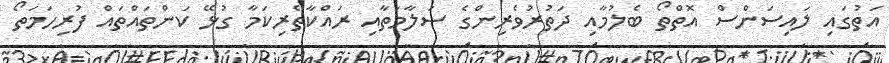
އަތުގައި ލައިސަންސް އޮތްތޯ ބެލުމާއި ދަތުރުވެރިންގެ ސަލާމަތާއި ރައްކާތެރިކަމާ ގުޅޭ ކަންތައްތައް ފުރިހަމަތޯ